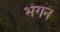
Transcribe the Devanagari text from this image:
भंगन